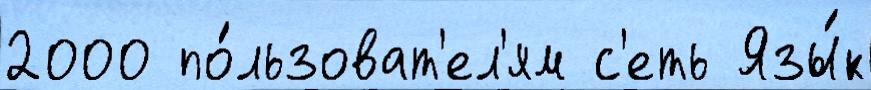
2000 по́льзоват'ел'ям с'еть Язы́к